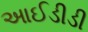
આઈડીડી